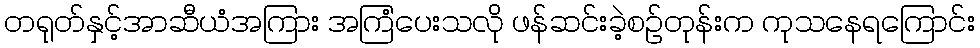
တရုတ်နှင့်အာဆီယံအကြား အကြံပေးသလို ဖန်ဆင်းခဲ့စဉ်တုန်းက ကုသနေရကြောင်း